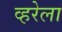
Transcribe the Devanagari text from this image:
व्हरेला